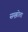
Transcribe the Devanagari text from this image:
सम्झोता